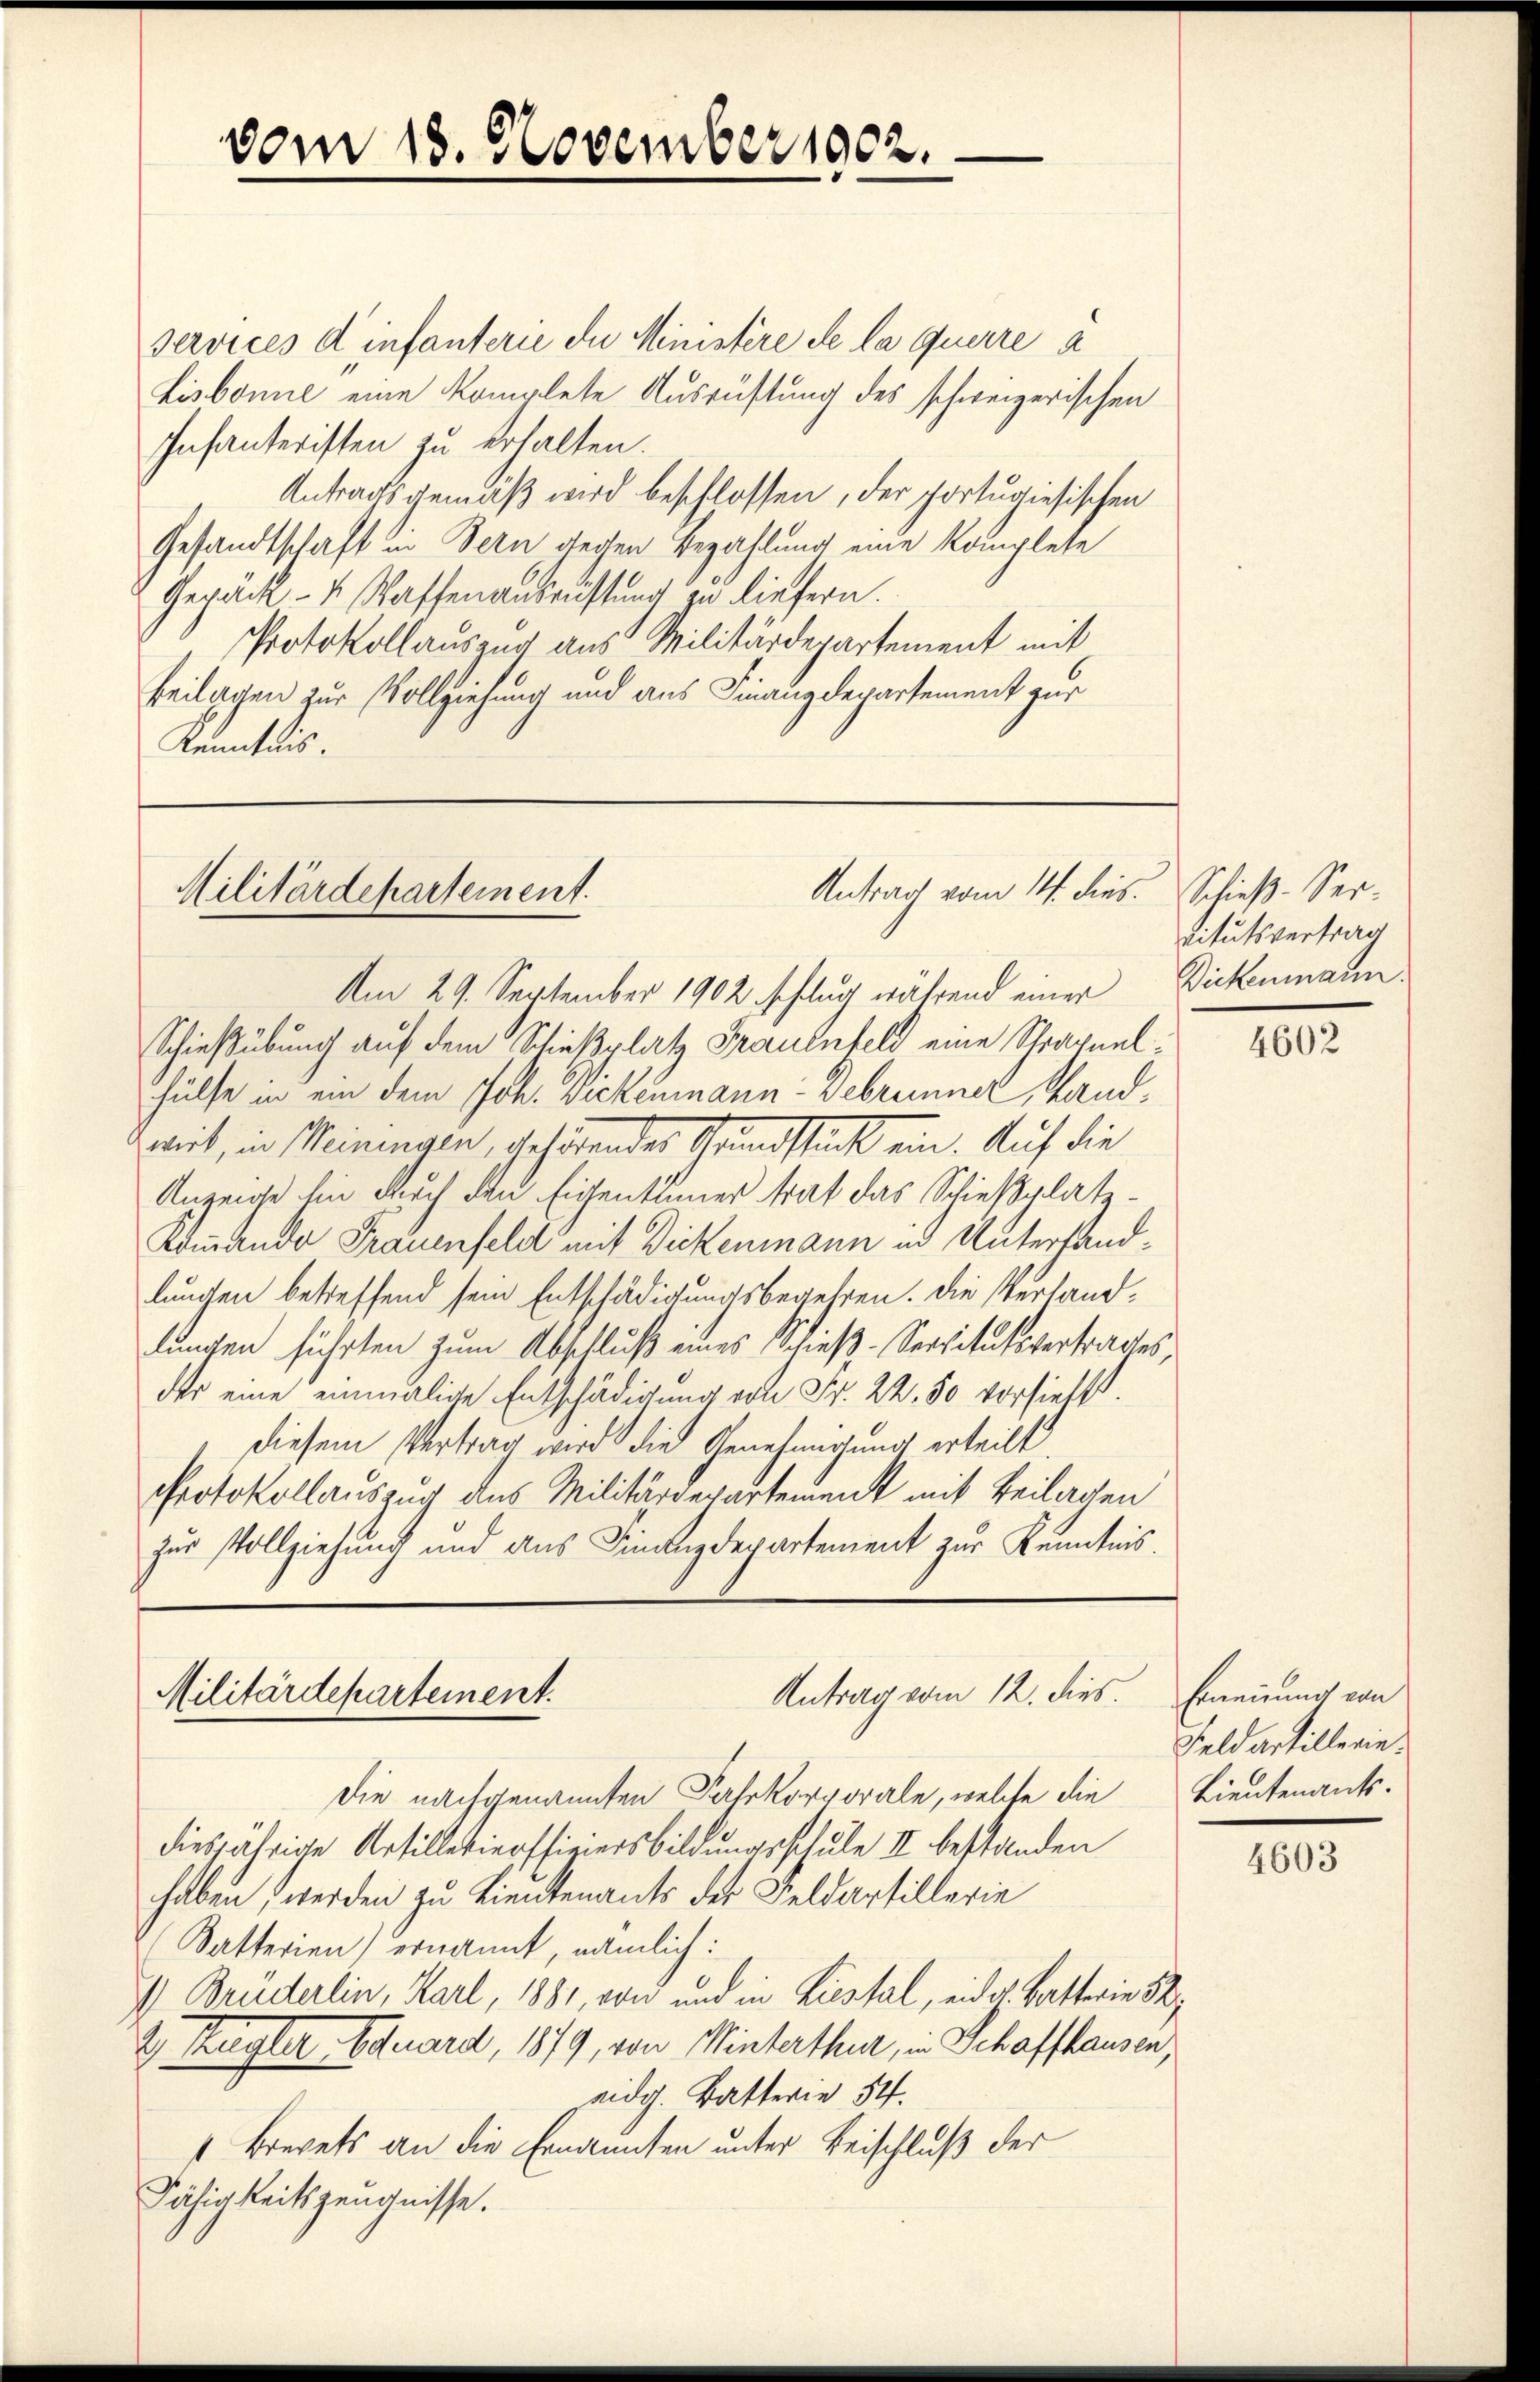
Services einfanterie die Ministere de la querre a
Lisbonne eine komplete Ausrüstung des schweizerischen
Infanteristen zu erhalten.
Antragsgemäß wird beschlossen, der portugiesischen
Gesandtschaft in Bern wegen Bezahlung eine Komplete
Gepäck- u. Waffenausrüstung liefern.
Protokollauszug aus Militärdepartement mit
Beilagen zur Vollziehung und aus Finanzdepartement zur
Kenntnis.

vom 18. November 1902.

Antrag vom 14. dies.
Militärdepartement.
Am 29. September 1902 schlug während einer

Schießübung auf dem Schießplatz Frauenfeld eine Schragnelhülfe in ein dem Joh. Bickenmann- Gebrenner, Sandweit, in Meinungen, gehörendes Grundstück ein. Auf die
Anzeige hin durch den Eigentümer trat das Schießplatz¬
Kommando Frauenfeld mit Dickenmann in Unterhandlungen betreffend sein Entschädigungsbegehren. Die Verlandlungen führten zum Abschluß eines Jochieß-Servitutsvertrages,
der eine einmalige Entschädigung von Fr. 22.50 vorsieht.
diesem Vertrag wird die Genehmigung erteilt
Protokollauszug des Militärdepartement mit Beilagen
zur Vollziehung und aus Finanzdepartement zur Kenntnis.

Antrag vom 12. dies.
Militärdepartement.

Die nachgenannten Paskorporale, welte die
diesjährige Artilletiersfieiersbildungsschule II bestanden
haben, werden zu Lieutenants des Feldartillerie
Satterien) ernannt, nämlich:
 Bruderlin, Karl, 1881, von und in Liestal, eidg. Batterie 32,
 Kugler Eduard, 1879, von Winterthur, in Schaffhausen,
eidg. Batterie 34.
Brevets an die Ernannten unter Beischluß der
Fähigkeitszeugnisse.

Schieß-Servitutsvertrag
Dickenmann.

4602

Ernennung von
Feldartillerie.
Lieutenants.

4603